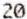
20